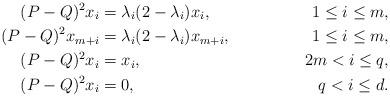
LaTeX: \begin{align*}(P-Q)^2 x_i & = \lambda_i (2 - \lambda_i) x_i, & 1 \leq i \leq m,\\ (P-Q)^2 x_{m+i} & = \lambda_i ( 2 - \lambda_i) x_{m+i}, & 1 \leq i \leq m,\\(P-Q)^2 x_i & = x_i, & 2m < i \leq q, \\ (P-Q)^2 x_i & = 0, & q < i \leq d.\end{align*}